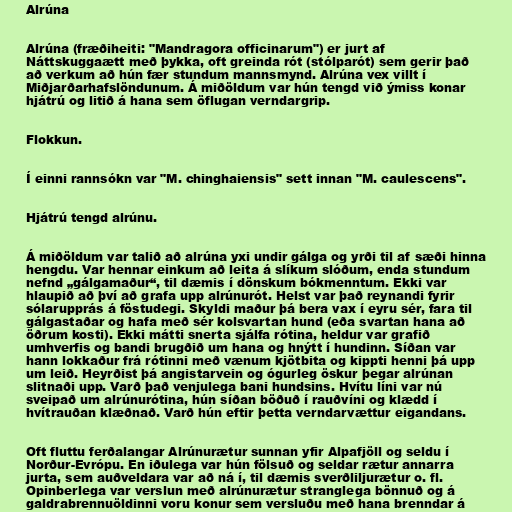
Alrúna

Alrúna (fræðiheiti: "Mandragora officinarum") er jurt af
Náttskuggaætt með þykka, oft greinda rót (stólparót) sem gerir það
að verkum að hún fær stundum mannsmynd. Alrúna vex villt í
Miðjarðarhafslöndunum. Á miðöldum var hún tengd við ýmiss konar
hjátrú og litið á hana sem öflugan verndargrip.

Flokkun.

Í einni rannsókn var "M. chinghaiensis" sett innan "M. caulescens".

Hjátrú tengd alrúnu.

Á miðöldum var talið að alrúna yxi undir gálga og yrði til af sæði hinna
hengdu. Var hennar einkum að leita á slíkum slóðum, enda stundum
nefnd „gálgamaður“, til dæmis í dönskum bókmenntum. Ekki var
hlaupið að því að grafa upp alrúnurót. Helst var það reynandi fyrir
sólarupprás á föstudegi. Skyldi maður þá bera vax í eyru sér, fara til
gálgastaðar og hafa með sér kolsvartan hund (eða svartan hana að
öðrum kosti). Ekki mátti snerta sjálfa rótina, heldur var grafið
umhverfis og bandi brugðið um hana og hnýtt í hundinn. Síðan var
hann lokkaður frá rótinni með vænum kjötbita og kippti henni þá upp
um leið. Heyrðist þá angistarvein og ógurleg öskur þegar alrúnan
slitnaði upp. Varð það venjulega bani hundsins. Hvítu líni var nú
sveipað um alrúnurótina, hún síðan böðuð í rauðvíni og klædd í
hvítrauðan klæðnað. Varð hún eftir þetta verndarvættur eigandans.

Oft fluttu ferðalangar Alrúnurætur sunnan yfir Alpafjöll og seldu í
Norður-Evrópu. En iðulega var hún fölsuð og seldar rætur annarra
jurta, sem auðveldara var að ná í, til dæmis sverðliljurætur o. fl.
Opinberlega var verslun með alrúnurætur stranglega bönnuð og á
galdrabrennuöldinni voru konur sem versluðu með hana brenndar á